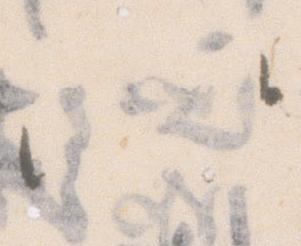
以